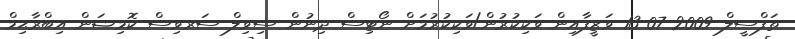
ތަފްސީލް 2009-07-13 ވަޒީފާއިން ވަކިކުރުން/ވަކިކުރުމަށް ނޯޓިސް ދިނުން ސިވިލް ސަރވިސް ކޮމިޝަން އިބްރާޙިމް